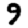
Digit: 9